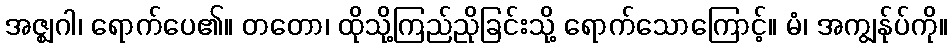
အဇ္ဈဂါ၊ ရောက်ပေ၏။ တတော၊ ထိုသို့ကြည်ညိုခြင်းသို့ ရောက်သောကြောင့်။ မံ၊ အကျွန်ုပ်ကို။